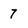
Character: 7